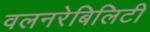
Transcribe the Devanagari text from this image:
वलनरेबिलिटी